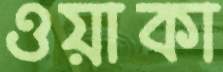
ওয়াকা